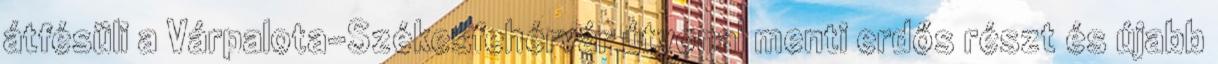
átfésüli a Várpalota–Székesfehérvár útvonal menti erdős részt és újabb